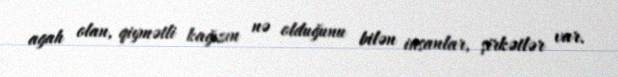
agah olan, qiymətli kağızın nə olduğunu bilən insanlar, şirkətlər var.